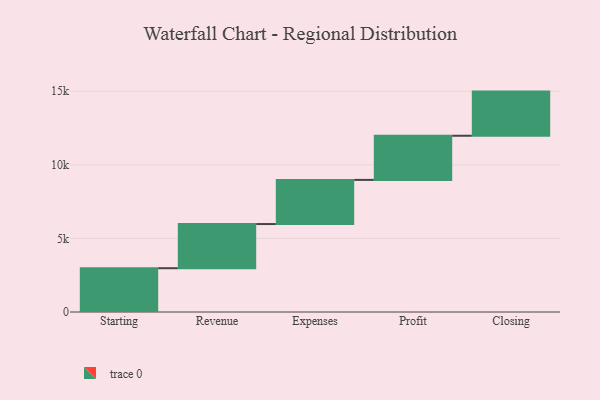
{"axis": {"x": "Step", "y": "Value"}, "legend": [""], "data": [{"x": "Starting", "y": 2976.0, "type": ""}, {"x": "Revenue", "y": 3000, "type": ""}, {"x": "Expenses", "y": 3000, "type": ""}, {"x": "Profit", "y": 3000, "type": ""}, {"x": "Closing", "y": 3000, "type": ""}]}